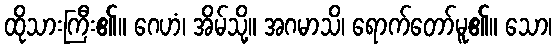
ထိုသားကြီး၏။ ဂေဟံ၊ အိမ်သို့။ အဂမာသိ၊ ရောက်တော်မူ၏။ သော၊